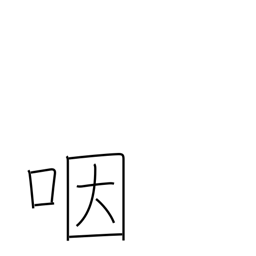
Meaning: throat